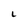
Character: i